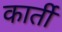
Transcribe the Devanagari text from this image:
कार्ती